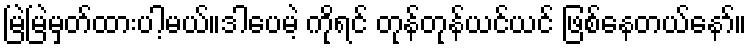
မြဲမြဲမှတ်ထားပါ့မယ်။ဒါပေမဲ့ ကိုရင် တုန်တုန်ယင်ယင် ဖြစ်နေတယ်နော်။